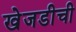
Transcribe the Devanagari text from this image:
खेजडीची